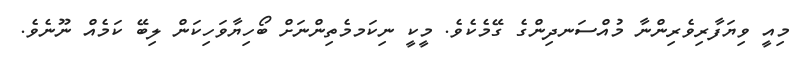
މިއީ ވިޔަފާރިވެރިންނާ މުއްސަނދިންގެ ގޭމެކެވެ. މީކީ ނިކަމމެތިންނަށް ބޯހިޔާވަހިކަން ލިބޭ ކަމެއް ނޫނެވެ.